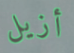
أزيل